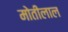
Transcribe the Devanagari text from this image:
माेतीलाल